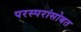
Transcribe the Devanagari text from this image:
परस्परांसोबत